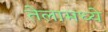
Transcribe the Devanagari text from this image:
तेलामध्ये